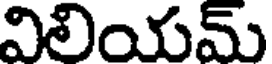
విలియమ్